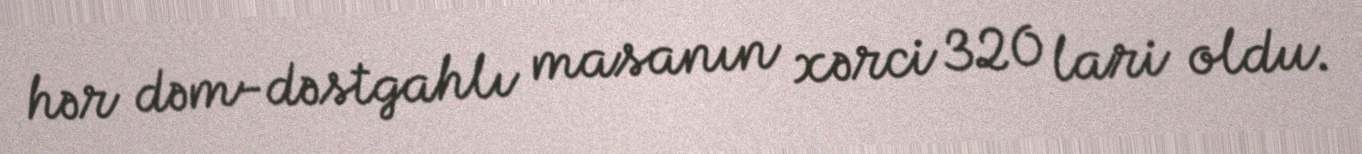
hər dəm-dəstgahlı masanın xərci 320 lari oldu.